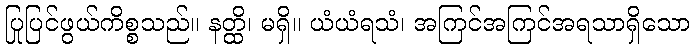
ပြုပြင်ဖွယ်ကိစ္စသည်။ နတ္ထိ၊ မရှိ။ ယံယံရသံ၊ အကြင်အကြင်အရသာရှိသော